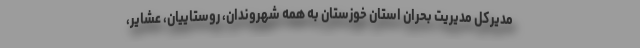
مدیرکل مدیریت بحران استان خوزستان به همه شهروندان، روستاییان، عشایر،